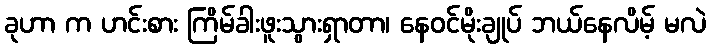
ခုဟာ က ဟင်းစား ကြိမ်ခါးဖူးသွားရှာတာ၊ နေဝင်မိုးချုပ် ဘယ်နေလိမ့် မလဲ